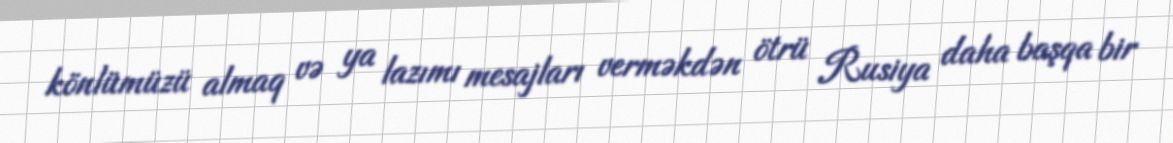
könlümüzü almaq və ya lazımı mesajları verməkdən ötrü Rusiya daha başqa bir